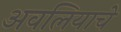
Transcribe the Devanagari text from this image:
अवलियाचे